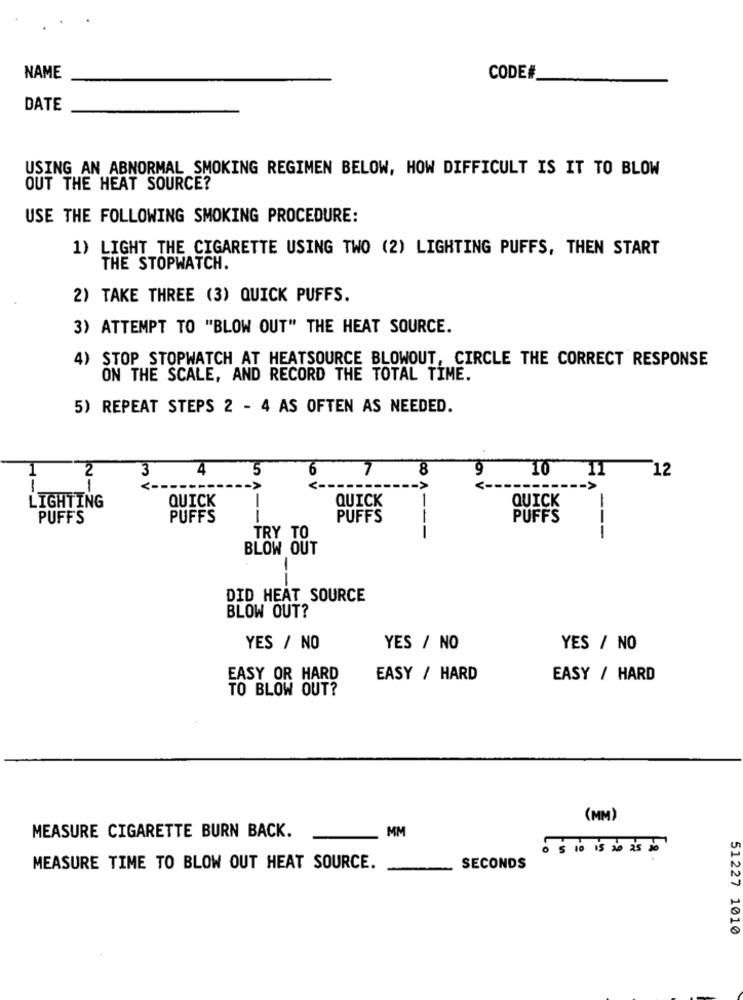
NAME
CODE#
DATE
USING AN ABNORMAL SMOKING REGIMEN BELOW, HOW DIFFICULT IS IT TO BLOW
OUT THE HEAT SOURCE?
USE THE FOLLOWING SMOKING PROCEDURE:
1) LIGHT THE CIGARETTE USING TWO (2) LIGHTING PUFFS, THEN START
THE STOPWATCH.
2) TAKE THREE (3) QUICK PUFFS.
3) ATTEMPT TO "BLOW OUT" THE HEAT SOURCE.
4) STOP STOPWATCH AT HEATSOURCE BLOWOUT, CIRCLE THE CORRECT RESPONSE
ON THE SCALE, AND RECORD THE TOTAL TIME.
5) REPEAT STEPS 2 - 4 AS OFTEN AS NEEDED.
3
4
5
6
7
8
9
10 11
12
1
2
1
QUICK
JOO A-
QUICK
LIGHTING
QUICK
PUFFS
PUFFS
PUFFS
PUFFS
--
TRY TO
---
BLOW OUT
--
DID HEAT SOURCE
BLOW OUT?
YES / NO
YES / NO
YES / NO
EASY OR HARD
EASY / HARD
EASY / HARD
TO BLOW OUT?
(MM)
MEASURE CIGARETTE BURN BACK.
MM
· $ 10 is to as to
MEASURE TIME TO BLOW OUT HEAT SOURCE.
SECONDS
51227 1010